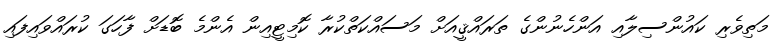
މަތިވެރި ކައުންސިލާއި އަންހެނުންގެ ތަރައްޤީއަށް މަސައްކަތްކުރާ ކޮމިޓީއިން އެންމެ ބޮޑަށް ފާހަގަ ކުރައްވައިފައި